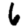
Digit: 6